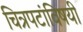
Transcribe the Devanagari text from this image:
चित्रपटांविषयी